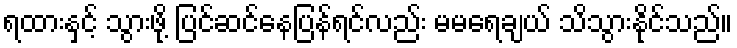
ရထားနှင့် သွားဖို့ ပြင်ဆင်နေပြန်ရင်လည်း မမရေချယ် သိသွားနိုင်သည်။